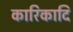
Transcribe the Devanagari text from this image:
कारिकादि